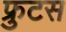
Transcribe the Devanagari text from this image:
फ्रुटस